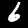
Digit: 6